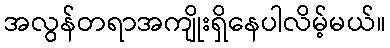
အလွန်တရာအကျိုးရှိနေပါလိမ့်မယ်။